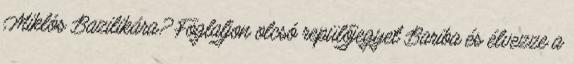
Miklós Bazilikára? Foglaljon olcsó repülőjegyet Bariba és élvezze a